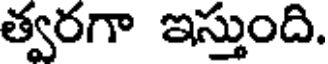
త్వరగా ఇస్తుంది.